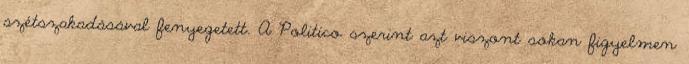
szétszakadásával fenyegetett. A Politico szerint azt viszont sokan figyelmen